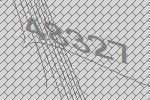
48327